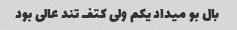
بال بو میداد یکم ولی کتف تند عالی بود